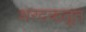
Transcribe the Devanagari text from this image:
शरदऋतूत